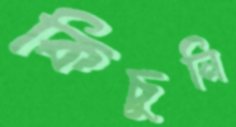
কিচুনি